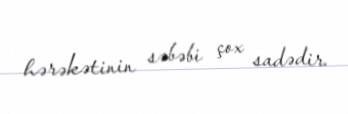
hərəkətinin səbəbi çox sadədir.